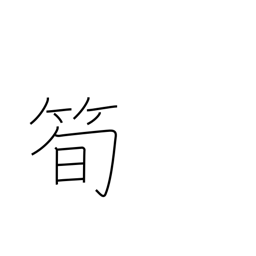
Meaning: bamboo shoot